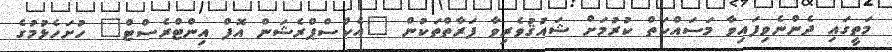
މަތީގައި ދެންނެވިފައިވާ މަސައްކަތް ކުރުމަށް ޝައުޤުވެރިވާ ފަރާތްތަކުން "އެކްސްޕްރެޝަން އޮފް އިންޓްރެސްޓް" ހުށަހެޅުމުގެ